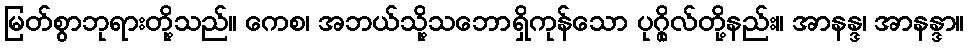
မြတ်စွာဘုရားတို့သည်။ ကေစ၊ အဘယ်သို့သဘောရှိကုန်သော ပုဂ္ဂိုလ်တို့နည်း။ အာနန္ဒ၊ အာနန္ဒာ။